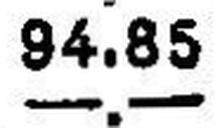
—.—